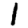
Digit: 1